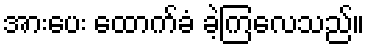
အားပေး ထောက်ခံ ခဲ့ကြလေသည်။